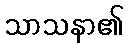
သာသနာ၏